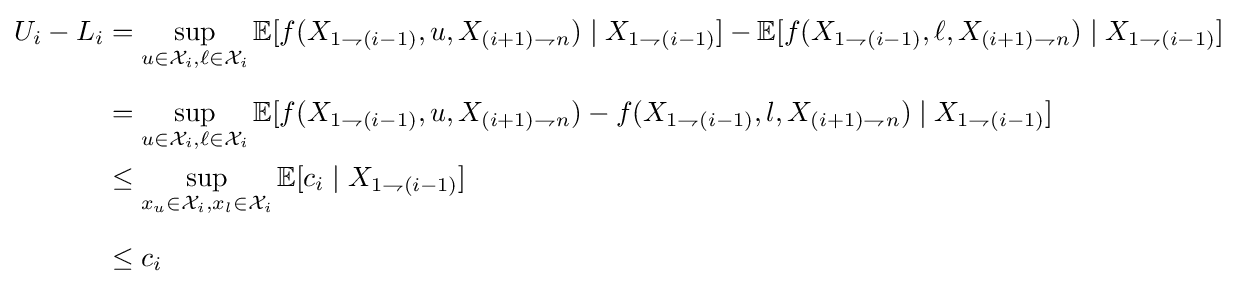
{\begin{aligned}U_{i}-L_{i}&=\sup _{u\in {\mathcal {X}}_{i},\ell \in {\mathcal {X}}_{i}}\mathbb {E} [f(X_{1\rightharpoondown (i-1)},u,X_{(i+1)\rightharpoondown n})\mid X_{1\rightharpoondown (i-1)}]-\mathbb {E} [f(X_{1\rightharpoondown (i-1)},\ell ,X_{(i+1)\rightharpoondown n})\mid X_{1\rightharpoondown (i-1)}]\\[6pt]&=\sup _{u\in {\mathcal {X}}_{i},\ell \in {\mathcal {X}}_{i}}\mathbb {E} [f(X_{1\rightharpoondown (i-1)},u,X_{(i+1)\rightharpoondown n})-f(X_{1\rightharpoondown (i-1)},l,X_{(i+1)\rightharpoondown n})\mid X_{1\rightharpoondown (i-1)}]\\&\leq \sup _{x_{u}\in {\mathcal {X}}_{i},x_{l}\in {\mathcal {X}}_{i}}\mathbb {E} [c_{i}\mid X_{1\rightharpoondown (i-1)}]\\[6pt]&\leq c_{i}\end{aligned}}